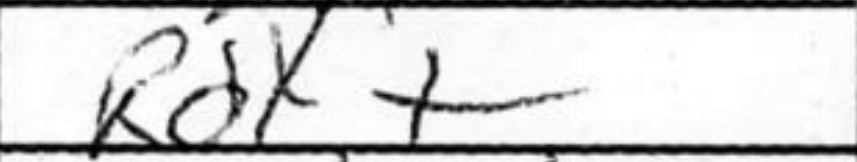
Transcription: Rdx+